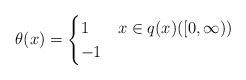
\begin{align*} \theta(x) = \begin{cases} 1 & x\in q(x)([0,\infty))\\ -1 & \end{cases} \end{align*}